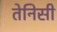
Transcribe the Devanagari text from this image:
तेनिसी